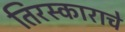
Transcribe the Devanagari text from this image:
तिरस्काराचे